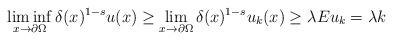
LaTeX: \begin{align*}\liminf_{x\to\partial\Omega}\delta(x)^{1-s}u(x)\geq\lim_{x\to\partial\Omega}\delta(x)^{1-s}u_k(x)\geq \lambda Eu_k=\lambda k\end{align*}